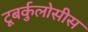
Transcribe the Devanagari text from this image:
टूबर्कुलोसीस